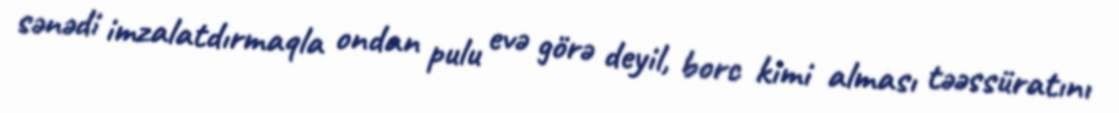
sənədi imzalatdırmaqla ondan pulu evə görə deyil, borc kimi alması təəssüratını